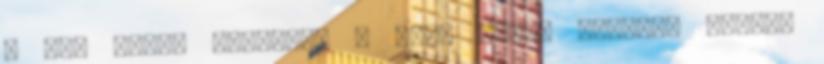
a fej körül sörényt, a test körül uszályt alkot.